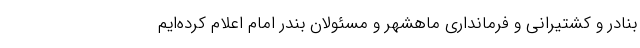
بنادر و کشتیرانی و فرمانداری ماهشهر و مسئولان بندر امام اعلام کرده‌ایم